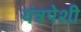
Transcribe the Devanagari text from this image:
यंत्रपेशी